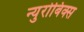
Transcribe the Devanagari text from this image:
न्युरोबिक्स